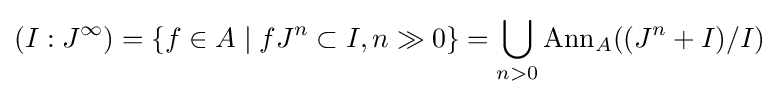
(I:J^{\infty })=\{f\in A\mid fJ^{n}\subset I,n\gg 0\}=\bigcup _{n>0}\operatorname {Ann} _{A}((J^{n}+I)/I)